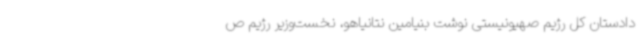
دادستان کل رژیم صهیونیستی نوشت بنیامین نتانیاهو، نخست‌وزیر رژیم ص